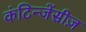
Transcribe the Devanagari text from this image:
कंटिन्जेंसीज़